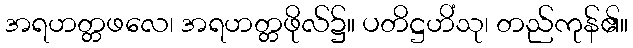
အရဟတ္တဖလေ၊ အရဟတ္တဖိုလ်၌။ ပတိဋ္ဌဟိံသု၊ တည်ကုန်၏။